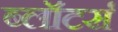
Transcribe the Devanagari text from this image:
ब्लॉटर्स